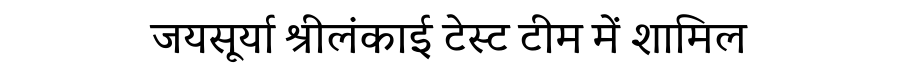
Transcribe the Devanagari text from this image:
जयसूर्या श्रीलंकाई टेस्ट टीम में शामिल